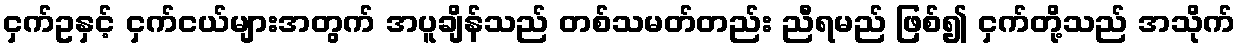
ငှက်ဥနှင့် ငှက်ငယ်များအတွက် အပူချိန်သည် တစ်သမတ်တည်း ညီရမည် ဖြစ်၍ ငှက်တို့သည် အသိုက်